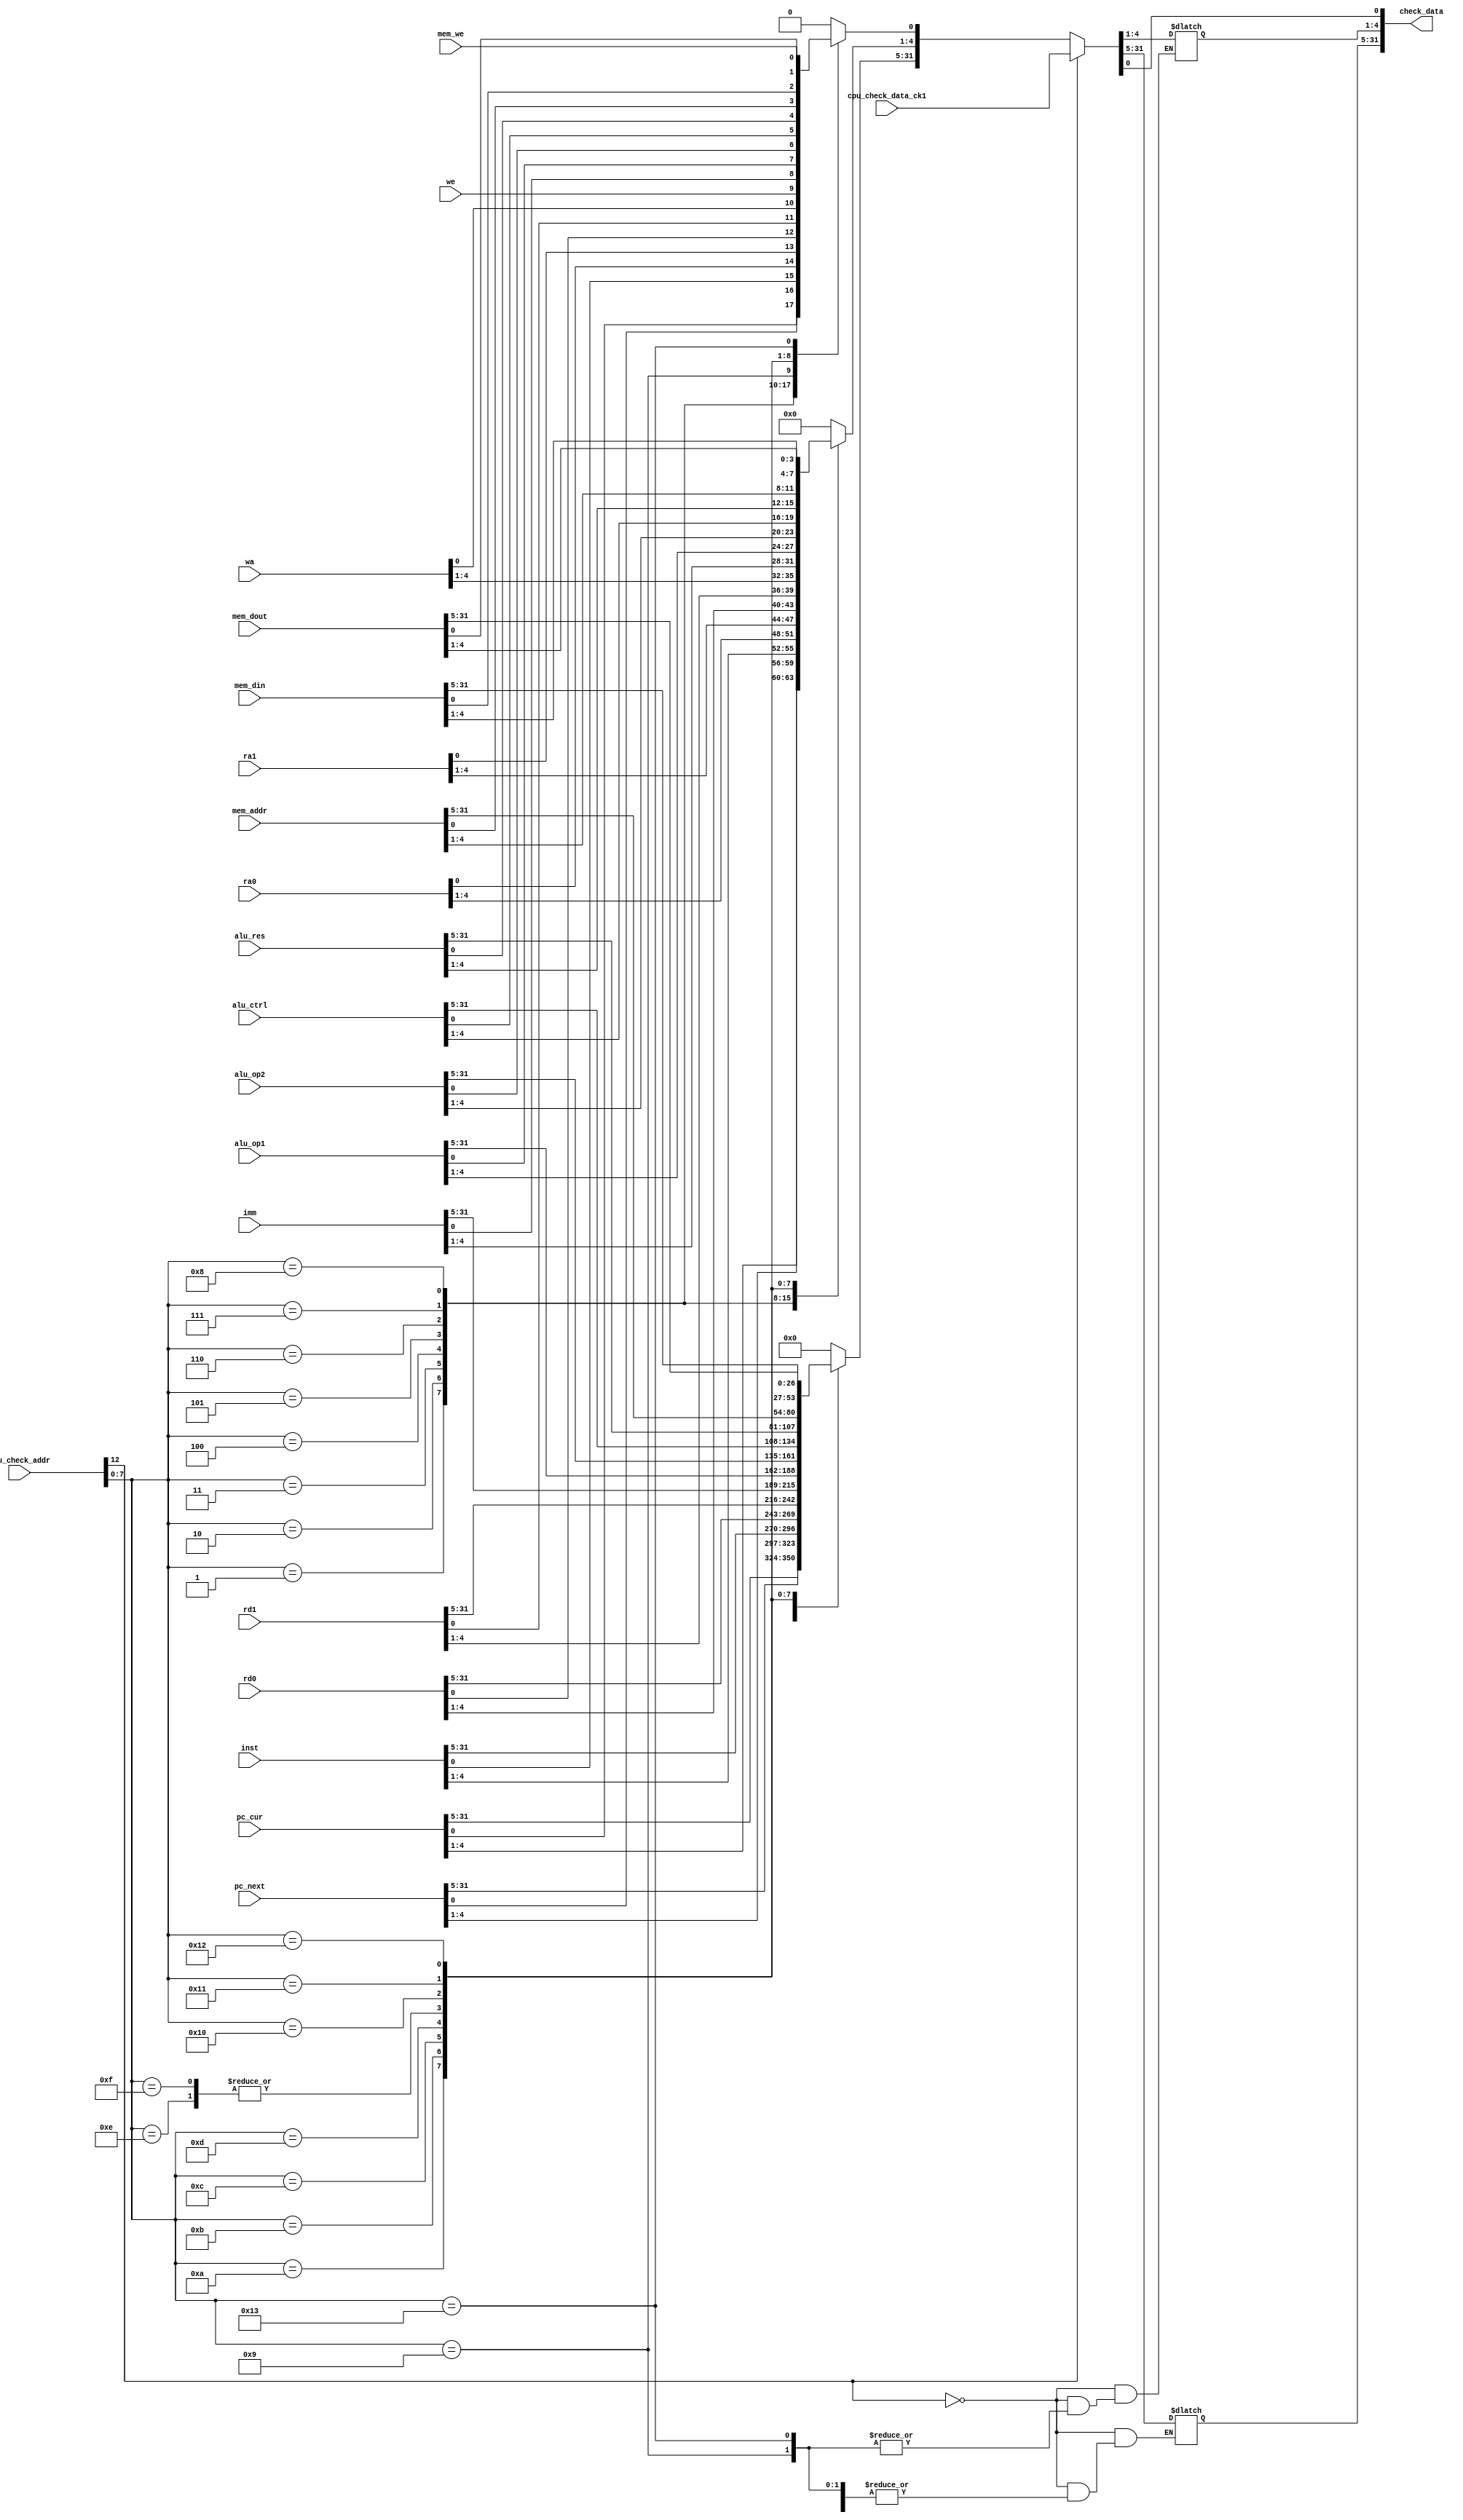
`timescale 1ns / 1ps

module CPU_debug(
    input [31:0] cpu_check_addr,
    input [31:0] pc_cur,
    input [31:0] pc_next,
    input [31:0] inst,
    input [4:0] ra0,
    input [4:0] ra1,
    input [31:0] rd0,
    input [31:0] rd1,
    input [4:0] wa,
    input  we,
    input [31:0] imm,
    input [31:0] alu_op1,
    input [31:0] alu_op2,
    input [31:0] alu_ctrl,
    input [31:0] alu_res,
    input [31:0] mem_addr,
    input [31:0] mem_din,
    input [31:0] mem_dout,
    input  mem_we,
    input [31:0] cpu_check_data_ck1,
    output reg [31:0] check_data
);
always@(*)
begin
    if(cpu_check_addr[12] == 0)
        case(cpu_check_addr[7:0])
            8'h01:check_data = pc_cur;
            8'h02:check_data = pc_next;
            8'h03:check_data = inst;
            8'h04:check_data[4:0] = ra0;
            8'h05:check_data[4:0] = ra1;
            8'h06:check_data = rd0;
            8'h07:check_data = rd1;
            8'h08:check_data[4:0] = wa;
            8'h09:check_data[0] = we;
            8'h0a:check_data = imm;
            8'h0b:check_data =alu_op1;
            8'h0c:check_data = alu_op2;
            8'h0d:check_data = alu_ctrl;
            8'h0e:check_data = alu_res;
            8'h0f:check_data = alu_res;
            8'h10:check_data = mem_addr;
            8'h11:check_data = mem_din;
            8'h12:check_data = mem_dout;
            8'h13:check_data [0] = mem_we;
            default:check_data = 0;
        endcase
    else if(cpu_check_addr[12] == 1)
        check_data = cpu_check_data_ck1;
    else 
        check_data = 0;
end
endmodule